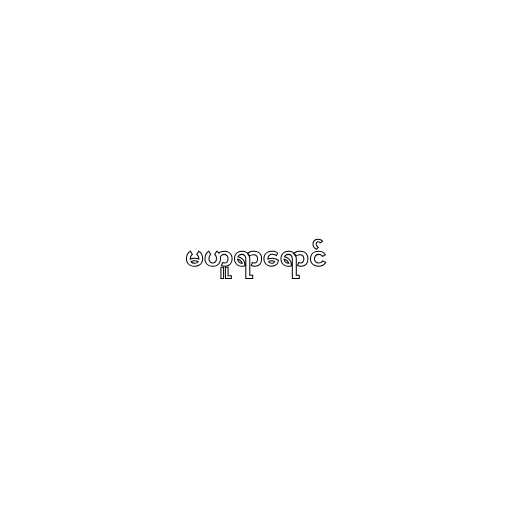
မဟူရာရောင်